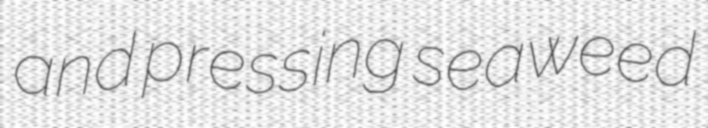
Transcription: and pressing seaweed